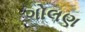
ગોલણ